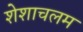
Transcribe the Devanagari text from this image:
शेशाचलम